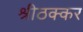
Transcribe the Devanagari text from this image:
श्रीठक्कर